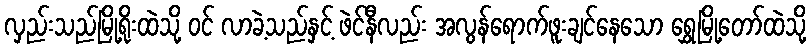
လှည်းသည်မြို့ရိုးထဲသို့ ဝင် လာခဲ့သည်နှင့် ဖဲင်နီလည်း အလွန်ရောက်ဖူးချင်နေသော ရွှေမြို့တော်ထဲသို့